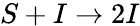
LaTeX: S+I\stackrel{}{\rightarrow}2I